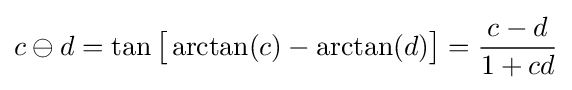
c\ominus d=\tan {\bigl [}\arctan(c)-\arctan(d){\bigr ]}={\frac {c-d}{1+cd}}